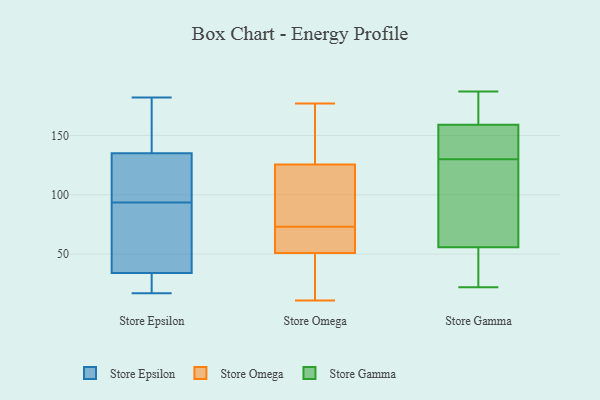
{"axis": {"x": "Satisfaction Score", "y": "Value"}, "legend": ["Store Epsilon", "Store Gamma", "Store Omega"], "data": [{"x": "", "y": 67, "type": "Store Epsilon"}, {"x": "", "y": 126, "type": "Store Epsilon"}, {"x": "", "y": 182, "type": "Store Epsilon"}, {"x": "", "y": 31, "type": "Store Epsilon"}, {"x": "", "y": 135, "type": "Store Epsilon"}, {"x": "", "y": 34, "type": "Store Epsilon"}, {"x": "", "y": 150, "type": "Store Epsilon"}, {"x": "", "y": 17, "type": "Store Epsilon"}, {"x": "", "y": 29, "type": "Store Epsilon"}, {"x": "", "y": 62, "type": "Store Epsilon"}, {"x": "", "y": 52, "type": "Store Epsilon"}, {"x": "", "y": 131, "type": "Store Epsilon"}, {"x": "", "y": 180, "type": "Store Epsilon"}, {"x": "", "y": 120, "type": "Store Epsilon"}, {"x": "", "y": 85, "type": "Store Omega"}, {"x": "", "y": 49, "type": "Store Omega"}, {"x": "", "y": 56, "type": "Store Omega"}, {"x": "", "y": 140, "type": "Store Omega"}, {"x": "", "y": 28, "type": "Store Omega"}, {"x": "", "y": 154, "type": "Store Omega"}, {"x": "", "y": 11, "type": "Store Omega"}, {"x": "", "y": 55, "type": "Store Omega"}, {"x": "", "y": 61, "type": "Store Omega"}, {"x": "", "y": 123, "type": "Store Omega"}, {"x": "", "y": 24, "type": "Store Omega"}, {"x": "", "y": 38, "type": "Store Omega"}, {"x": "", "y": 55, "type": "Store Omega"}, {"x": "", "y": 125, "type": "Store Omega"}, {"x": "", "y": 53, "type": "Store Omega"}, {"x": "", "y": 126, "type": "Store Omega"}, {"x": "", "y": 91, "type": "Store Omega"}, {"x": "", "y": 177, "type": "Store Omega"}, {"x": "", "y": 143, "type": "Store Omega"}, {"x": "", "y": 119, "type": "Store Omega"}, {"x": "", "y": 57, "type": "Store Gamma"}, {"x": "", "y": 52, "type": "Store Gamma"}, {"x": "", "y": 134, "type": "Store Gamma"}, {"x": "", "y": 130, "type": "Store Gamma"}, {"x": "", "y": 157, "type": "Store Gamma"}, {"x": "", "y": 187, "type": "Store Gamma"}, {"x": "", "y": 134, "type": "Store Gamma"}, {"x": "", "y": 165, "type": "Store Gamma"}, {"x": "", "y": 22, "type": "Store Gamma"}, {"x": "", "y": 33, "type": "Store Gamma"}, {"x": "", "y": 83, "type": "Store Gamma"}, {"x": "", "y": 104, "type": "Store Gamma"}, {"x": "", "y": 167, "type": "Store Gamma"}]}